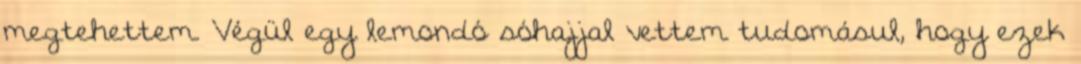
megtehettem. Végül egy lemondó sóhajjal vettem tudomásul, hogy ezek